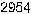
2954